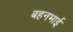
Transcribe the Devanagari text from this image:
बहनभाई